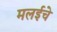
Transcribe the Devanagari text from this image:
मलईचे